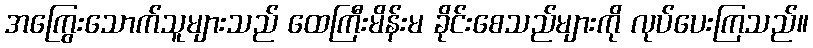
အကြွေးသောက်သူများသည် ထေကြီးမိန်းမ ခိုင်းစေသည်များကို လုပ်ပေးကြသည်။